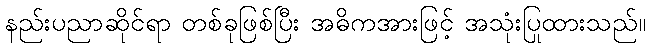
နည်းပညာဆိုင်ရာ တစ်ခုဖြစ်ပြီး အဓိကအားဖြင့် အသုံးပြုထားသည်။